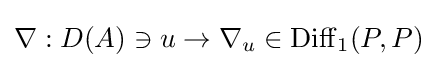
\nabla :D(A)\ni u\to \nabla _{u}\in \mathrm {Diff} _{1}(P,P)